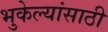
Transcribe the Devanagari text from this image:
भुकेल्यांसाठी